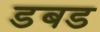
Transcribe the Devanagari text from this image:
डबड